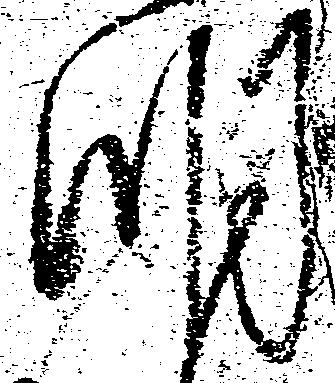
明